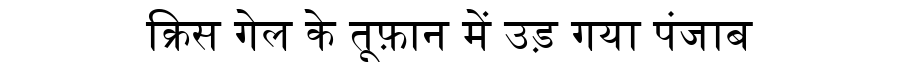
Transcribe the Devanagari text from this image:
क्रिस गेल के तूफ़ान में उड़ गया पंजाब